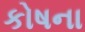
કોષના